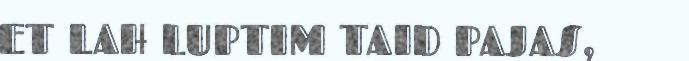
ET LAH LUPTIM TAID PAJAS,